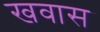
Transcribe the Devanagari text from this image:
खवास